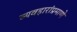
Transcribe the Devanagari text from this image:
व्यवहारांप्रमाणे